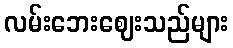
လမ်းဘေးဈေးသည်များ